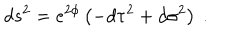
d s ^ { 2 } = e ^ { 2 \phi } \left( - d \tau ^ { 2 } + d \sigma ^ { 2 } \right) \ .